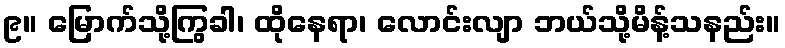
၉။ မြောက်သို့ကြွခါ၊ ထိုနေရာ၊ လောင်းလျာ ဘယ်သို့မိန့်သနည်း။